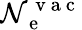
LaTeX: \mathcal{N}_{\mathrm{{~e~}}}^{\mathrm{{~v~a~c~}}}